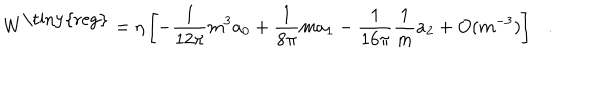
LaTeX: W ^ { \mathrm { \tiny { r e g } } } = \eta \left[ - { \frac { 1 } { 1 2 \pi } } m ^ { 3 } a _ { 0 } + { \frac { 1 } { 8 \pi } } m a _ { 1 } - { \frac { 1 } { 1 6 \pi } } { \frac { 1 } { m } } a _ { 2 } + O ( m ^ { - 3 } ) \right] .